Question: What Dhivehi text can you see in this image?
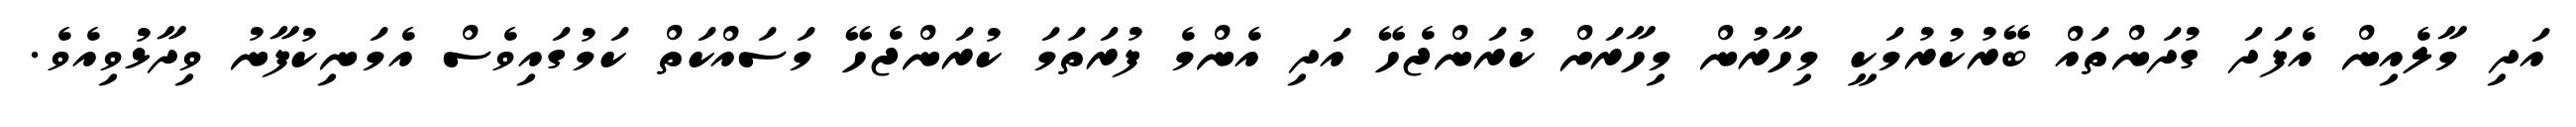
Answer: އަދި މާލެއިން އެފަދަ ގުދަންތައް ބޭރުކުރުމަކީ މިހާރުން މިހާރަށް ކުރަންޖެހޭ އަދި އެންމެ ފުރަތަމަ ކުރަންޖެހޭ މަސައްކަތް ކަމުގައިވެސް އެމަނިކުފާނު ވިދާޅުވިއެވެ.